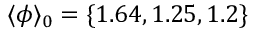
\langle \phi \rangle _ { 0 } = \{ 1 . 6 4 , 1 . 2 5 , 1 . 2 \}